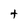
Character: t